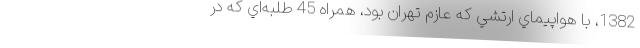
1382، با هواپيماي ارتشي كه عازم تهران بود، همراه 45 طلبه‌اي كه در